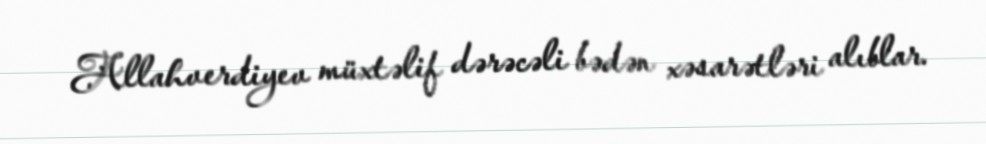
Allahverdiyev müxtəlif dərəcəli bədən xəsarətləri alıblar.